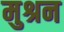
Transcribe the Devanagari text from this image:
मुश्रन